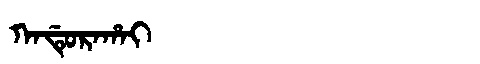
Manchu: ᡴᠠᡩᡠᡵᠠᡥᠠᡳ
Romanization: KADURAHAI